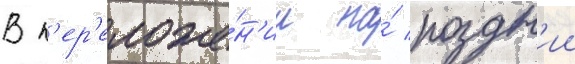
В п'ер'еложе́н'ии на́ поздн'ии